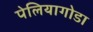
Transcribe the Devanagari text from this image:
पेलियागोडा